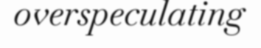
overspeculating